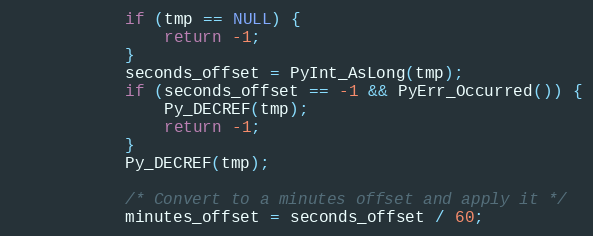
Language: C
            if (tmp == NULL) {
                return -1;
            }
            seconds_offset = PyInt_AsLong(tmp);
            if (seconds_offset == -1 && PyErr_Occurred()) {
                Py_DECREF(tmp);
                return -1;
            }
            Py_DECREF(tmp);

            /* Convert to a minutes offset and apply it */
            minutes_offset = seconds_offset / 60;